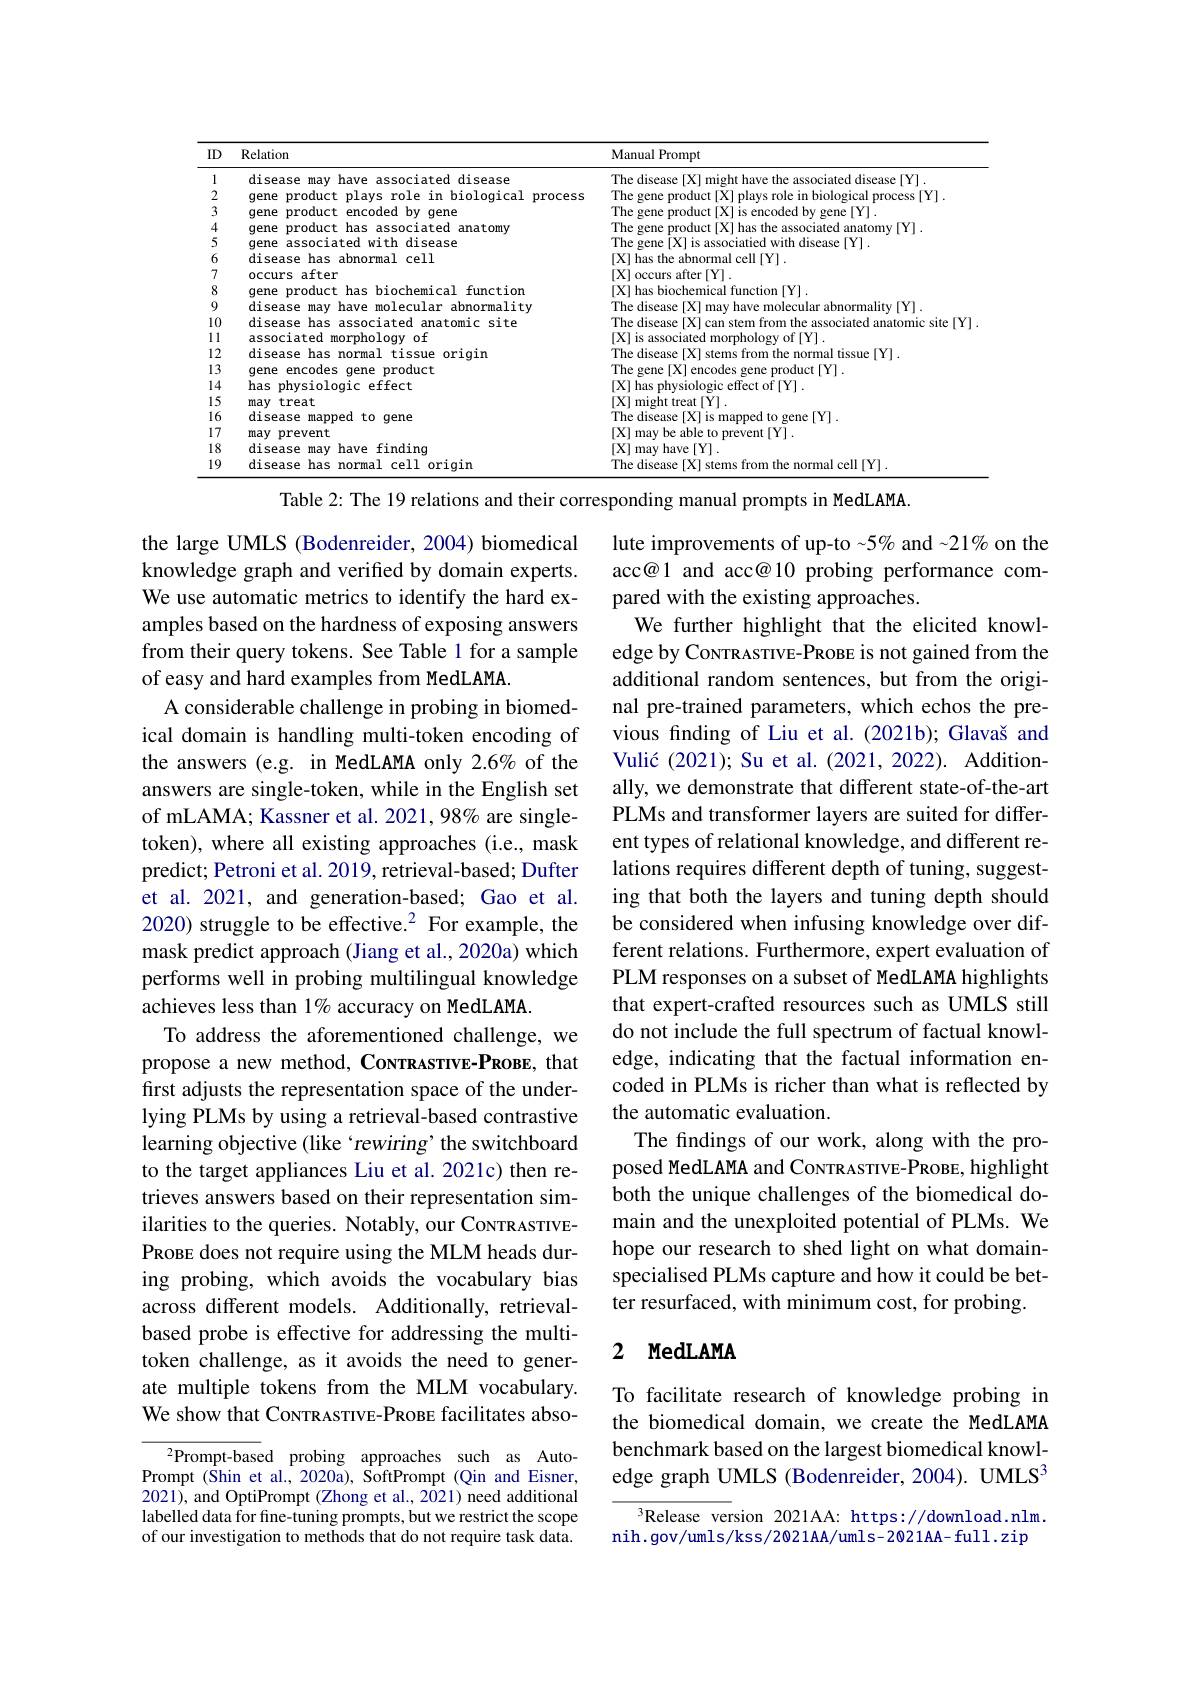
<table>
	<tbody>
		<tr>
			<th>ID</th>
			<th>Relation</th>
			<th>Manual Prompt</th>
		</tr>
		<tr>
			<td>1</td>
			<td>disease ma 二 小行 isease</td>
			<td>Thf AS $Y$</td>
		</tr>
		<tr>
			<td>2</td>
			<td>$0p$ nrocess</td>
			<td> </td>
		</tr>
		<tr>
			<td>3</td>
			<td>aene opne anrndar $hu$</td>
			<td>14</td>
		</tr>
		<tr>
			<td>4</td>
			<td>nroduct has riaten anatomv dene $A:$</td>
			<td>has</td>
		</tr>
		<tr>
			<td>5</td>
			<td>aene with 11 disease</td>
			<td>$\Gamma hi$ disease</td>
		</tr>
		<tr>
			<td>6</td>
			<td>disease has abnormal 1 cell</td>
			<td>[ X] has the ahnor 101 l cell fYl</td>
		</tr>
		<tr>
			<td>7</td>
			<td>OCCurs a after</td>
			<td>[X] occurs after [Y]</td>
		</tr>
		<tr>
			<td>8</td>
			<td>dene roduct has biochemical function</td>
			<td>[X] has biochemical function [Y]</td>
		</tr>
		<tr>
			<td>9</td>
			<td>disease have nlecular abnormalitv</td>
			<td>The disease $:|X|$ molecular ahnormalits</td>
		</tr>
		<tr>
			<td>10</td>
			<td>anaton</td>
			<td>natomio</td>
		</tr>
		<tr>
			<td>1 1 1 1 1 1 1 </td>
			<td>assnciater mornholoav $of$</td>
			<td>$X$ geenriatar</td>
		</tr>
		<tr>
			<td>12</td>
			<td>disease norma rissue origin</td>
			<td>Fha dicagse tissile</td>
		</tr>
		<tr>
			<td>13</td>
			<td>opne encode 1 product dene</td>
			<td></td>
		</tr>
		<tr>
			<td>14 </td>
			<td>has nhvsinlanic effect</td>
			<td> </td>
		</tr>
		<tr>
			<td>15</td>
			<td>may treat</td>
			<td>CAmight trea</td>
		</tr>
		<tr>
			<td>16</td>
			<td>disease manned $to$ qene</td>
			<td>The disease $:|X|$is rphe $\cdot\left|\boldsymbol{Y}\right|$</td>
		</tr>
		<tr>
			<td>17</td>
			<td>may prevent</td>
			<td>|X|mav he able to event fYl</td>
		</tr>
		<tr>
			<td></td>
			<td>disease have finding</td>
			<td>[X] mav have $[Y]$</td>
		</tr>
		<tr>
			<td>19</td>
			<td>disease $c_{\mathbf{\rho}11}$ origin</td>
			<td>$||_{(1,0)}||$</td>
		</tr>
	</tbody>
</table>

Table 2: The 19 relations and their corresponding manual prompts in MedLAMA

lute improvements of up-to~5% and~21% on the acc@1 and acc@10 probing performance compared with the existing approaches.
We further highlight that the elicited knowledge by CovrrR ASTIVE-PROBE is not gained from the additional random sentences, but from the original pre-trained parameters, which echos the previous finding of Liu et al. (2021b); Glavaš and Vulić (2021); Su et al. (2021, 2022). Additionally, we demonstrate that different state-of-the-art PLMs and transformer layers are suited for different types of relational knowledge, and different relations requires different depth of tuning, suggesting that both the layers and tuning depth should be considered when infusing knowledge over different relations. Furthermore, expert evaluation of PLM responses on a subset of MedLAMA highlights that expert-crafted resources such as UMLS still do not include the full spectrum of factual knowledge, indicating that the factual information encoded in PLMs is richer than what is reflected by the automatic evaluation.
The findings of our work, along with the proposed MedLAMA and CovrRASTIVE-PROBE, highlight both the unique challenges of the biomedical domain and the unexploited potential of PLMs. We hope our research to shed light on what domainspecialised PLMs capture and how it could be better resurfaced, with minimum cost, for probing.

the large UMLS (Bodenreider, 2004) biomedical knowledge graph and verified by domain experts. We use automatic metrics to identify the hard examples based on the hardness of exposing answers from their query tokens. See Table 1 for a sample of easy and hard examples from MedLAMA.
A considerable challenge in probing in biomedical domain is handling multi-token encoding of the answers (e.g. in MedLAMA only 2.6% of the answers are single-token, while in the English set of mLAMA; Kassner et al. 2021, 98% are singletoken), where all existing approaches (i.e., mask predict; Petroni et al. 2019, retrieval-based; Dufter et al. 2021, and generation-based; Gao et al. 2020) struggle to be effective.$^{2}$ For example, the mask predict approach (Jiang et al., 2020a) which performs well in probing multilingual knowledge achieves less than 1% accuracy on MedLAMA
To address the aforementioned challenge, we propose a new method, CovrRASTIVE-PROBE, that first adjusts the representation space of the underlying PLMs by using a retrieval-based contrastive learning objective (like‘rewiring’ the switchboard to the target appliances Liu et al. 2021c) then retrieves answers based on their representation similarities to the queries. Notably, our CoNTRASTIVEPRoBE does not require using the MLM heads during probing, which avoids the vocabulary bias across different models. Additionally, retrievalbased probe is effective for addressing the multitoken challenge, as it avoids the need to generate multiple tokens from the MLM vocabulary. We show that CoNTRASTIVE-PROBE facilitates abso-
$^{2}$Prompt-based probing approaches such as Auto-

### 2 MedLAMA

To facilitate research of knowledge probing in the biomedical domain, we create the MedLAMA benchmark based on the largest biomedical knowledge graph UMLS (Bodenreider, 2004). UMLS$^{3}$

Prompt (Shin et al., 2020a), SoftPrompt (Qin and Eisner, 2021), and OptiPrompt (Zhong et al., 2021) need additional labelled data for fine-tuning prompts, but we restrict the scope of our investigation to methods that do not require task data.

$^3$Release version 2021AA: https://download.nlm. nih. gov/umls/kss/2021AA/uml s- 202 1AA- full. zip